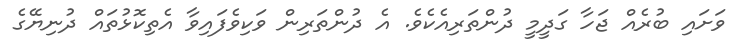
ވަށައި ބުރެއް ޖަހާ ގަދީމީ ދުންތަރިއެކެވެ. އެ ދުންތަރިން ވަކިވެފައިވާ އެތިކޮޅުތައް ދުނިޔޭގެ